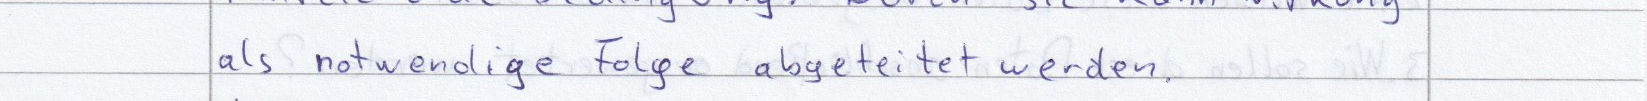
als notwendige Folge abgeleitet werden.